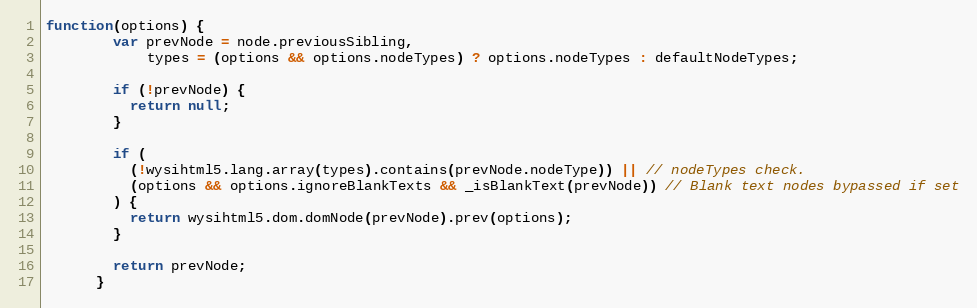
Language: JavaScript
function(options) {
        var prevNode = node.previousSibling,
            types = (options && options.nodeTypes) ? options.nodeTypes : defaultNodeTypes;

        if (!prevNode) {
          return null;
        }

        if (
          (!wysihtml5.lang.array(types).contains(prevNode.nodeType)) || // nodeTypes check.
          (options && options.ignoreBlankTexts && _isBlankText(prevNode)) // Blank text nodes bypassed if set
        ) {
          return wysihtml5.dom.domNode(prevNode).prev(options);
        }

        return prevNode;
      }